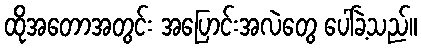
ထိုအတောအတွင်း အပြောင်းအလဲတွေ ပေါ်ခဲ့သည်။